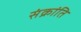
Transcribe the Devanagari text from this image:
संक्रांति